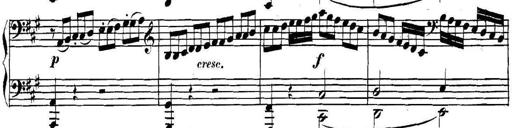
Title: Collected Piano Sonatas
Composer: Muzio Clementi